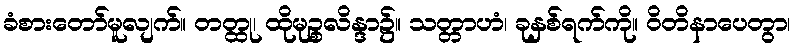
ခံစားတော်မူလျက်။ တတ္ထု၊ ထိုမုဉ္စလိန္ဒာ၌။ သတ္တာဟံ၊ ခုနှစ်ရက်ကို။ ဝိတိနာပေတွာ၊